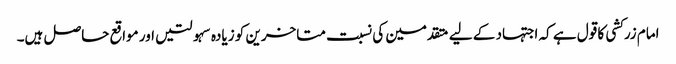
امام زرکشی کا قول ہے کہ اجتہاد کے لیے متقدمین کی نسبت متاخرین کو زیادہ سہولتیں اور مواقع حاصل ہیں۔